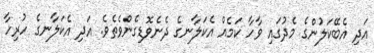
އަދި އެބޭކަލުންގެ މެދުގައި ވާހާ ކަމެއް އެކަލާނގެ ދެނެވޮޑިގެންވެތެވެ. އަދި އެކަލާނގެ ހުރިހާ